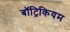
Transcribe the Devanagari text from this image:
बॉट्रिकियम